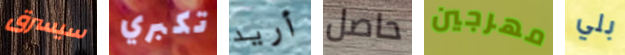
سيسرق تكبري أريد حاصل مهرجين بلي